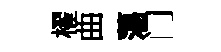
櫂曲蕩门